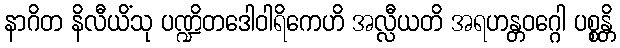
နာဂိတ နိလီယိံသု ပဏ္ဍိတဒေါဝါရိကေဟိ အလ္လီယတိ အရဟန္တဝဂ္ဂေါ ပစ္စန္တိ